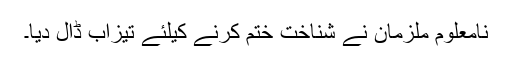
نامعلوم ملزمان نے شناخت ختم کرنے کیلئے تیزاب ڈال دیا۔